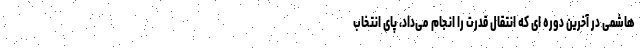
هاشمی در آخرین دوره ای که انتقال قدرت را انجام می‌داد، پای انتخاب